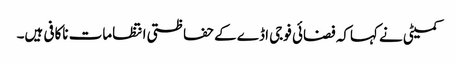
کمیٹی نے کہاکہ فضائی فوجی اڈے کے حفاظتی انتظامات ناکافی ہیں۔